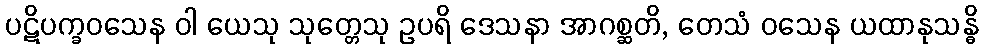
ပဋိပက္ခဝသေန ဝါ ယေသု သုတ္တေသု ဥပရိ ဒေသနာ အာဂစ္ဆတိ, တေသံ ဝသေန ယထာနုသန္ဓိ